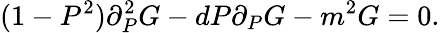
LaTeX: (1-P^{2})\partial_{P}^{2}G-dP\partial_{P}G-m^{2}G=0.